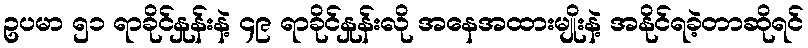
ဥပမာ ၅၁ ရာခိုင်နှုန်းနဲ့ ၄၉ ရာခိုင်နှုန်းလို အနေအထားမျိုးနဲ့ အနိုင်ရခဲ့တာဆိုရင်